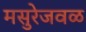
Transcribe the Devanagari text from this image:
मसुरेजवळ